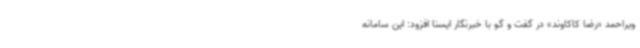
ویراحمد «رضا کاکاوند» در گفت و گو با خبرنگار ایسنا افزود: این سامانه